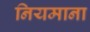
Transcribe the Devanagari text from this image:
नियमाना